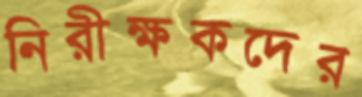
নিরীক্ষকদের